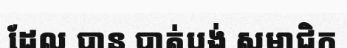
ដែល បាន បាត់បង់ សមាជិក